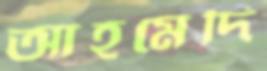
আহমেদি